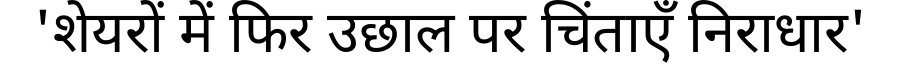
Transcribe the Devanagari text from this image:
'शेयरों में फिर उछाल पर चिंताएँ निराधार'